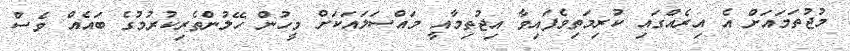
މުޖުތަމައަށް އެ އިރެއްގައި ކުރިމަތިވެފައިވާ އިޖުތިމާއީ މައްސަލައަކަށް މީހުން ހޭލުންތެރިކުރުމުގެ ބައެއް ވެސް